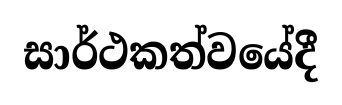
සාර්ථකත්වයේදී